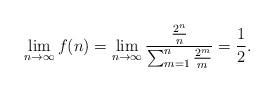
LaTeX: \begin{align*}\lim_{n\to \infty} f(n)=\lim_{n\to \infty}\frac{\frac{2^n}{n}}{\sum_{m=1}^n\frac{2^m}{m}}=\frac{1}{2}.\end{align*}